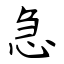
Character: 急